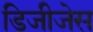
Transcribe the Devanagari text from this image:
डिजीजेस